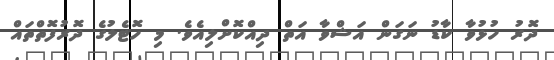
ދޮރު ހުޅުވާ ކާޑު ނަގަން އަޝްވާ އަތް ދިއްކޮށްލިއެވެ. މި ހޮޓެލުގެ ދޮރުފޮތްތައް